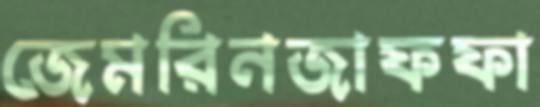
জেমরিনজাফফা